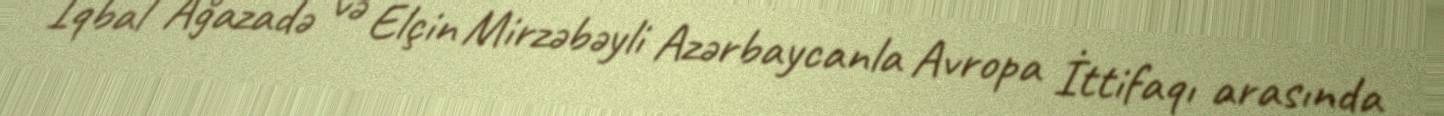
İqbal Ağazadə və Elçin Mirzəbəyli Azərbaycanla Avropa İttifaqı arasında